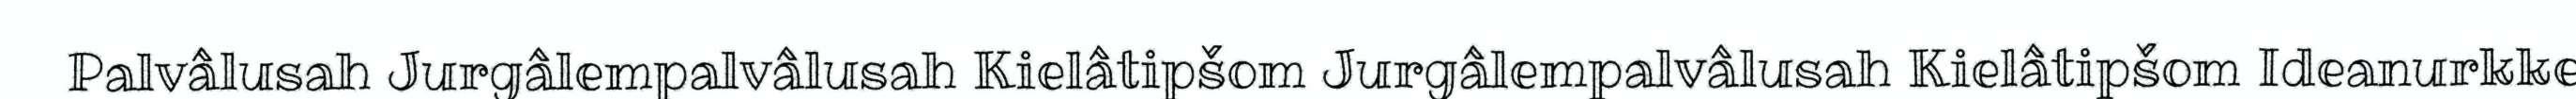
Palvâlusah Jurgâlempalvâlusah Kielâtipšom Jurgâlempalvâlusah Kielâtipšom Ideanurkke